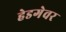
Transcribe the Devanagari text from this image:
हेडगेवर